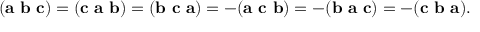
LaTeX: ( \mathbf { a } \ \mathbf { b } \ \mathbf { c } ) = ( \mathbf { c } \ \mathbf { a } \ \mathbf { b } ) = ( \mathbf { b } \ \mathbf { c } \ \mathbf { a } ) = - ( \mathbf { a } \ \mathbf { c } \ \mathbf { b } ) = - ( \mathbf { b } \ \mathbf { a } \ \mathbf { c } ) = - ( \mathbf { c } \ \mathbf { b } \ \mathbf { a } ) .